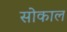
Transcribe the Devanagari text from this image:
सोकाल